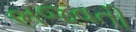
ભજવતી